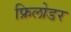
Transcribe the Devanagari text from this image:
फ्रिलोडर